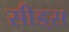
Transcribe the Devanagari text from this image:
सीड्‌स